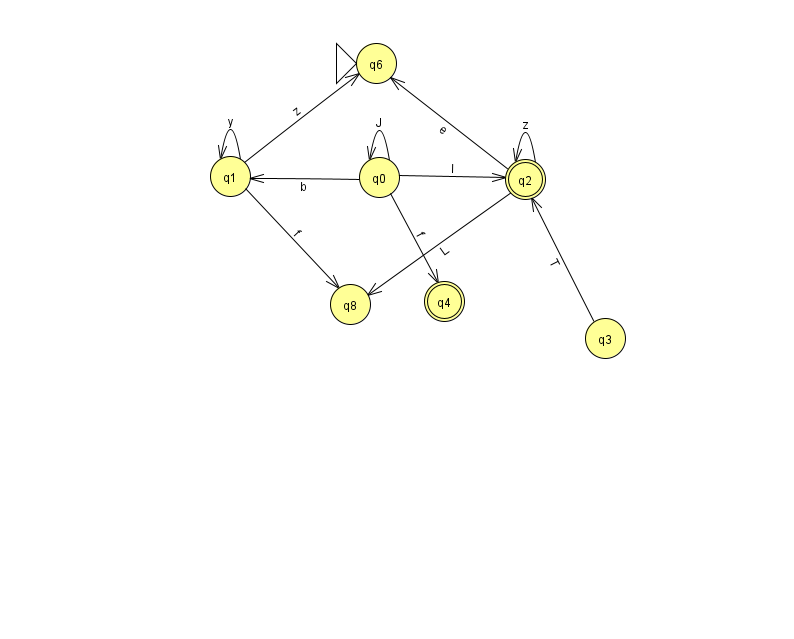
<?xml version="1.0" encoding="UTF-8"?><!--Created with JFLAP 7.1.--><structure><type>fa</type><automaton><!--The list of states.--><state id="0" name="q0"><x>379.0</x><y>164.0</y></state><state id="1" name="q1"><x>230.0</x><y>163.0</y></state><state id="2" name="q2"><x>525.0</x><y>166.0</y><final/></state><state id="3" name="q3"><x>605.0</x><y>325.0</y></state><state id="4" name="q4"><x>444.0</x><y>288.0</y><final/></state><state id="6" name="q6"><x>376.0</x><y>50.0</y><initial/></state><state id="8" name="q8"><x>350.0</x><y>291.0</y></state><!--The list of transitions.--><transition><from>0</from><to>1</to><read>b</read></transition><transition><from>1</from><to>8</to><read>f</read></transition><transition><from>3</from><to>2</to><read>T</read></transition><transition><from>1</from><to>6</to><read>z</read></transition><transition><from>2</from><to>6</to><read>e</read></transition><transition><from>1</from><to>1</to><read>y</read></transition><transition><from>0</from><to>0</to><read>J</read></transition><transition><from>2</from><to>2</to><read>z</read></transition><transition><from>2</from><to>8</to><read>L</read></transition><transition><from>0</from><to>2</to><read>l</read></transition><transition><from>0</from><to>4</to><read>f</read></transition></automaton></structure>